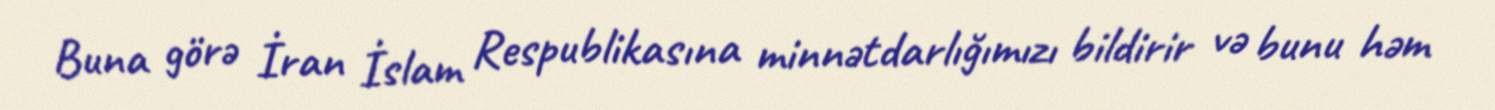
Buna görə İran İslam Respublikasına minnətdarlığımızı bildirir və bunu həm